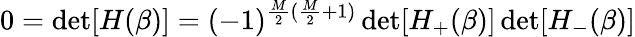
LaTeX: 0=\operatorname*{det}[H(\beta)]=(-1)^{\frac{M}{2}(\frac{M}{2}+1)}\operatorname*{det}[H_{+}(\beta)]\operatorname*{det}[H_{-}(\beta)]